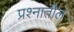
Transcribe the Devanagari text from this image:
प्रश्नातील